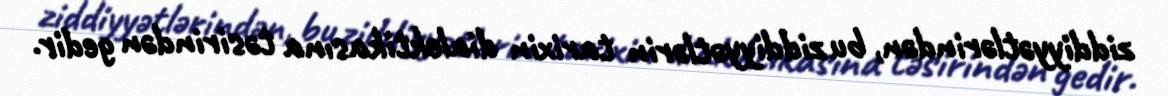
ziddiyyətlərindən, bu ziddiyyətlərin tarixin dialektikasına təsirindən gedir.